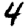
Digit: 4